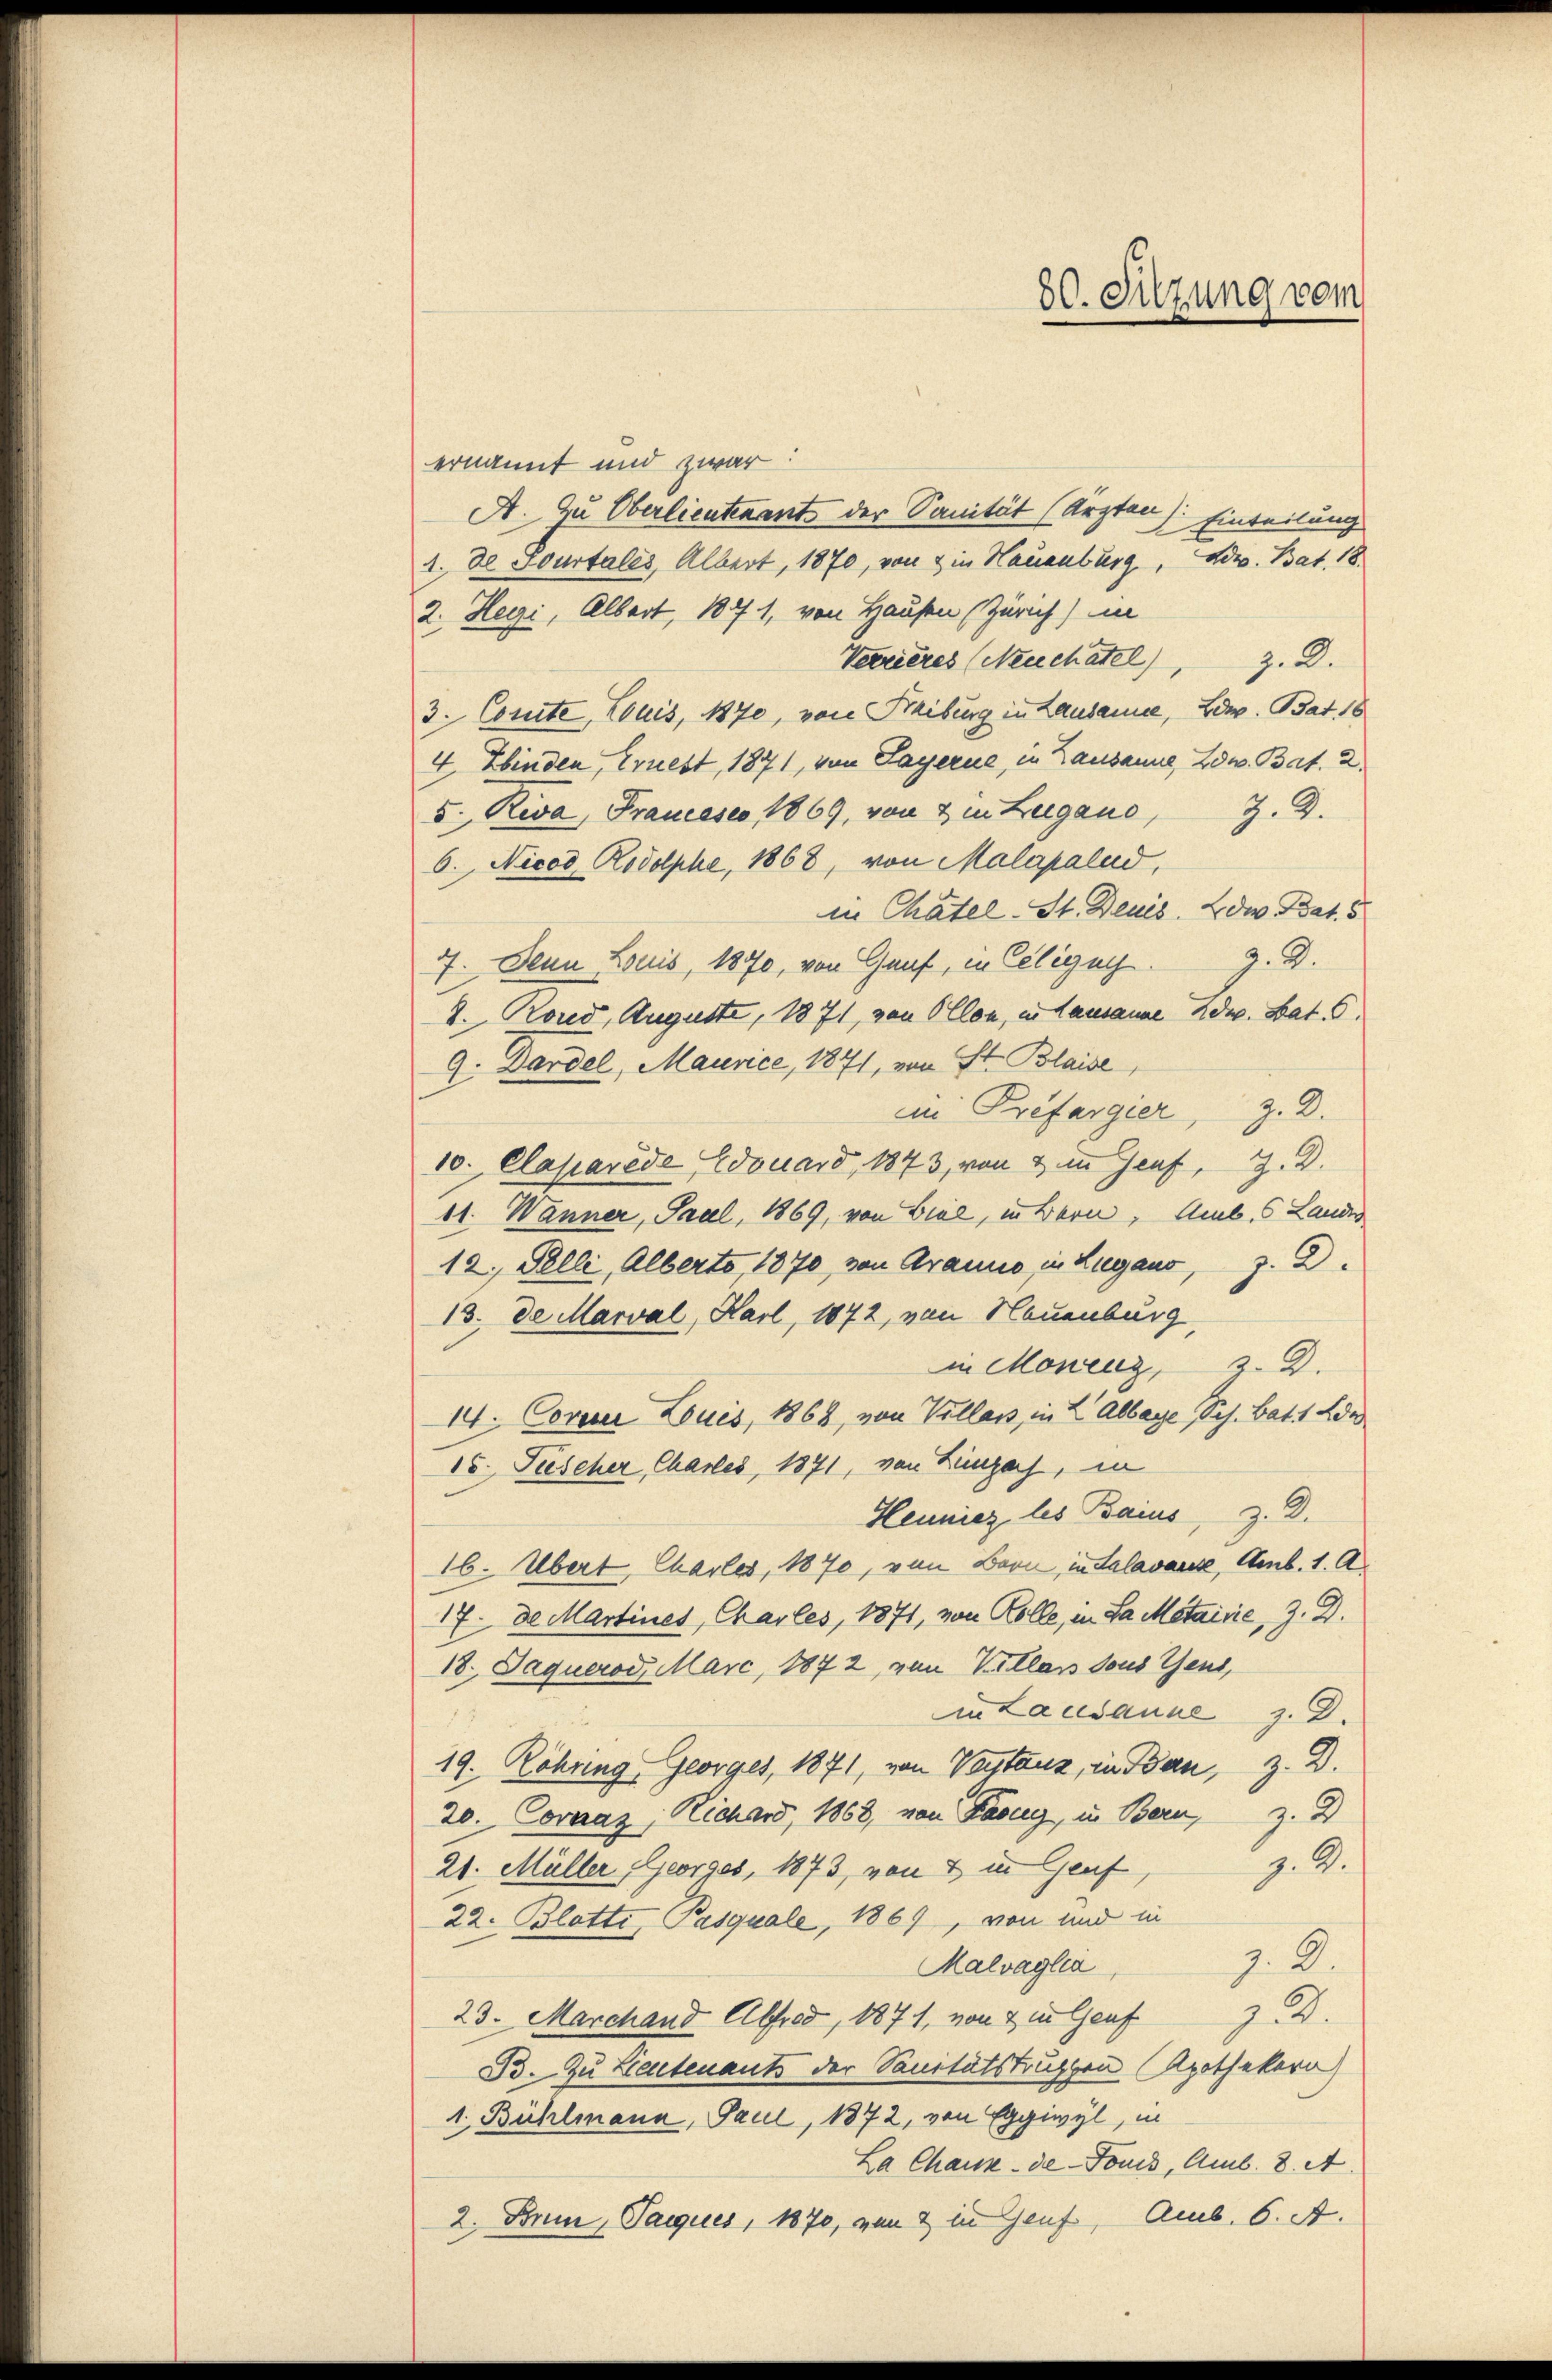
80. Sitzung vom

ernannt und zwar:
A. Zu Oberlieutenants der Sanität (Ärzten): Einteilung
A. De Sourtales, Albert, 1870, von & in Hauenburg, Adv. Bat. 18
2. Hegi, Albert, 1871, von Hausen (Zürich) in
Verrieres (Neuchatel), z. D.
3. Comte, Louis, 1870, von Steiburg in Lausanne, Ed. Bat. 18
4 Ebinden, Cruest, 1871, von Lagerne, in Lausanne, 2dw. Bat. 2.
5. Riva, Francesco 1869, von & in Zugano, 3. d.
6. Nicod Rodolphe, 1868, von Malapalud,
in Chätel-St. Deuis de Bat. 5
z. 3.
7. Denn Louis, 1870, von Gauf, in Ciligun
2. Rond, Auguste, 1871, von Ollon, in Lausanne ad. Bat. S.
9. Dardel, Maurice, 1871, von St. Blaise
im Prefargier, z. D.
10. Claparéde Edouard, 1843, von & im Genf, Z. D.
11. Wanner, Paul, 1869, von Biel, in Bern, Amb. Landes
12. Felle, Alberto, 1870, von Branno, in Lugano, J. D.
13. de Marval, Karl, 1872, von Neuenburg,
in Moneuz, 3. D.
14. Coverer Louis, 1868, von Villans, in L Albaye Sch. Bat. 1 de
15. Fischer Chartes, 1871, von Leinpach, in
Heuniez les Baues, z. B.
16. Übert Charlos, 1870, von Bern, in Salavante, Amb. 1. A.
17. de Martines, Charles, 1871, von Kolle, in Sa Metairie, Z. D.
18. Jaquerod, Marc, 1872, von Kollas sous Gens,
in Lausanne z. D.
19. Röhring, Georges, 1871, von Vorstanz, in Bau, z. D.
20. Cornaz Richard, 1868, von Pasug, in Bern, z. B
7.2.
21. Müller Georges, 1873, von 2 in Genf
22. Blatti, Pasquale, 1869, von und in
z. B.
Malvaglia,
23. Marchand Alfred, 1871, von & in Genf
B. Zu Lieutenants der Sanitätstruppen Apothekara)
1. Bühlmann, Paul, 1872, von Eggiwyl, in
La Chaux-de-Fonis, Amb. 8. A
2. Bri, Paques, 1870, von 2 in Genf, Amb. 6. A.